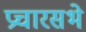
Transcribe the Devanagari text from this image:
प्रचारसभे